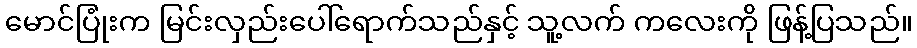
မောင်ပြုံးက မြင်းလှည်းပေါ်ရောက်သည်နှင့် သူ့လက် ကလေးကို ဖြန့်ပြသည်။